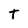
Character: t